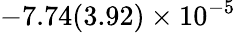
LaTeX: -7.74(3.92)\times 10^{-5}